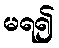
မရ၍